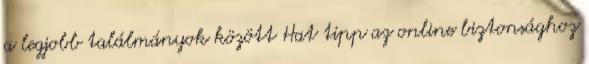
a legjobb találmányok között Hat tipp az online biztonsághoz